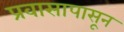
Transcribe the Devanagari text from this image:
प्रवासापासून